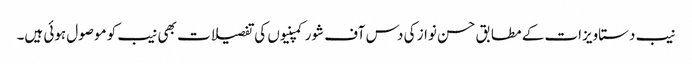
نیب دستاویزات کے مطابق حسن نواز کی دس آف شور کمپنیوں کی تفصیلات بھی نیب کو موصول ہوئی ہیں۔